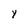
Character: Y